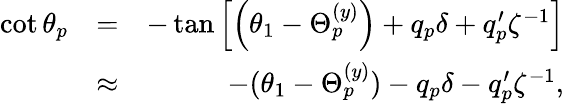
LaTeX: \begin{array}{rlr}{\cot\theta_{p}}&{=}&{-\tan\left[\left(\theta_{1}-\Theta_{p}^{(y)}\right)+q_{p}\delta+q_{p}^{\prime}\zeta^{-1}\right]}\\ &{\approx}&{-(\theta_{1}-\Theta_{p}^{(y)})-q_{p}\delta-q_{p}^{\prime}\zeta^{-1},}\end{array}